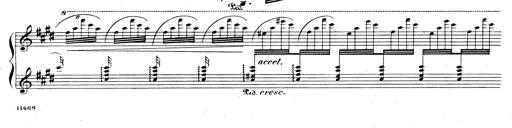
Title: Rhapsodie espagnole
Composer: Franz Liszt